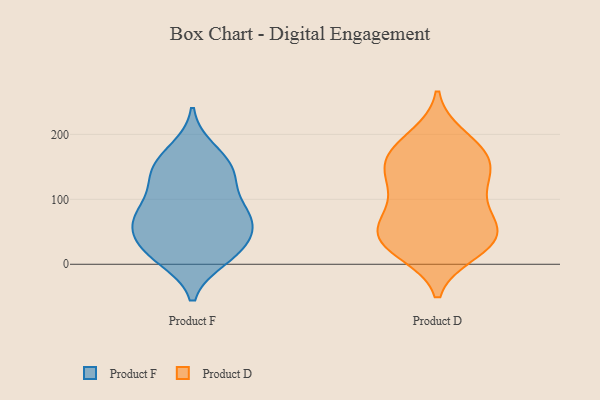
{"axis": {"x": "Market Share (%)", "y": "Value"}, "legend": ["Product D", "Product F"], "data": [{"x": "", "y": 137, "type": "Product F"}, {"x": "", "y": 157, "type": "Product F"}, {"x": "", "y": 175, "type": "Product F"}, {"x": "", "y": 69, "type": "Product F"}, {"x": "", "y": 103, "type": "Product F"}, {"x": "", "y": 41, "type": "Product F"}, {"x": "", "y": 24, "type": "Product F"}, {"x": "", "y": 65, "type": "Product F"}, {"x": "", "y": 22, "type": "Product F"}, {"x": "", "y": 78, "type": "Product F"}, {"x": "", "y": 10, "type": "Product F"}, {"x": "", "y": 70, "type": "Product F"}, {"x": "", "y": 71, "type": "Product F"}, {"x": "", "y": 140, "type": "Product F"}, {"x": "", "y": 141, "type": "Product F"}, {"x": "", "y": 15, "type": "Product F"}, {"x": "", "y": 19, "type": "Product D"}, {"x": "", "y": 155, "type": "Product D"}, {"x": "", "y": 39, "type": "Product D"}, {"x": "", "y": 126, "type": "Product D"}, {"x": "", "y": 61, "type": "Product D"}, {"x": "", "y": 174, "type": "Product D"}, {"x": "", "y": 196, "type": "Product D"}, {"x": "", "y": 37, "type": "Product D"}, {"x": "", "y": 26, "type": "Product D"}, {"x": "", "y": 159, "type": "Product D"}, {"x": "", "y": 141, "type": "Product D"}, {"x": "", "y": 48, "type": "Product D"}, {"x": "", "y": 90, "type": "Product D"}, {"x": "", "y": 162, "type": "Product D"}, {"x": "", "y": 67, "type": "Product D"}, {"x": "", "y": 101, "type": "Product D"}, {"x": "", "y": 128, "type": "Product D"}, {"x": "", "y": 26, "type": "Product D"}, {"x": "", "y": 188, "type": "Product D"}, {"x": "", "y": 56, "type": "Product D"}]}